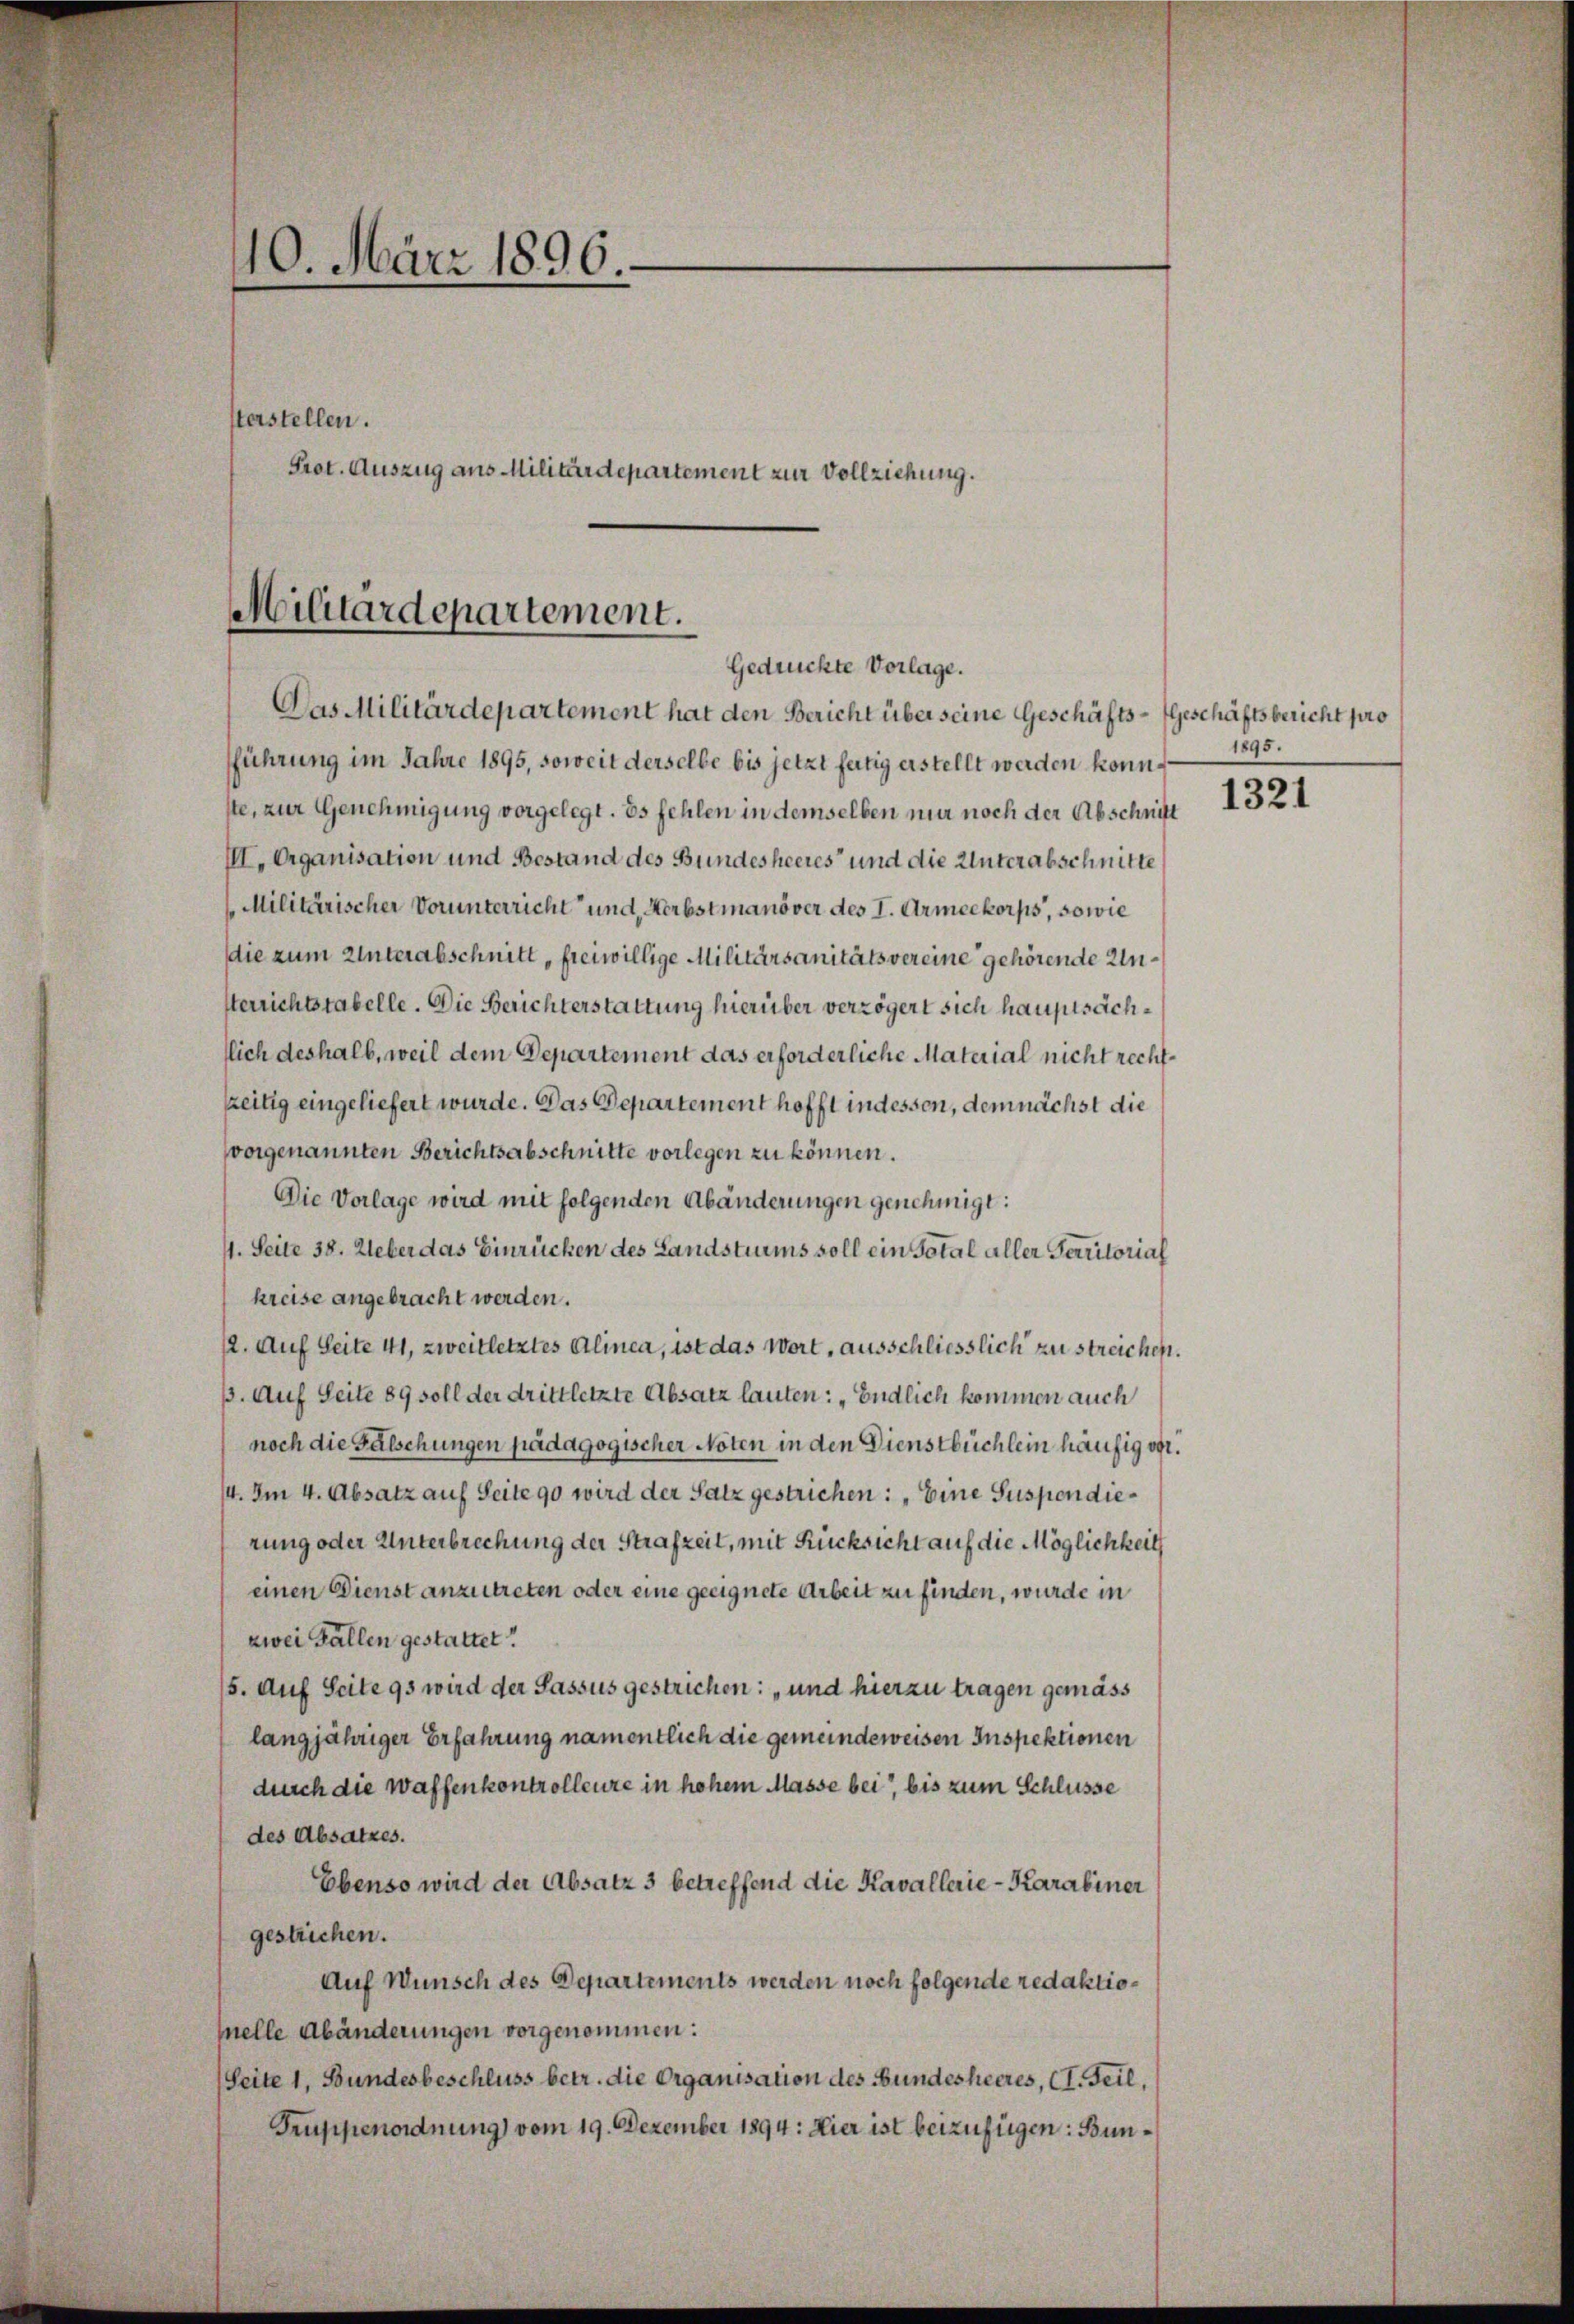
10. März 1896.
sterstellen.
Prot. Auszug aus Militärdepartement zur Vollziehung.

Militärdepartement.
Gedrückte Vorlage.
Das Militärdepartement hat den Bericht über seine Geschäfts¬

fführung im Jahre 1895, soweit derselbe bis jetzt fertig erstellt werden könnste, zur Genehmigung vorgelegt. Es fehlen in demselben mir noch der Abschnitt
III. Organisation und Bestand des Bundesheeres und die Unterabschnitte
Militärischer Vorunterricht und, Herbstmanöver des I. Armeekorps, sowie
die zum Unterabschnitt freiwillige Militärsanitäts vereine gehörende Unsterrichtstabelle. Die Berichterstattung hierüber verzögert sich hauptsächflich deshalb, weil dem Departement das erforderliche Material nicht rechtzeitig eingeliefert wurde. Das Departement hofft indessen, demnächst die
vorgenannten Berichtsabschnitte vorlegen zu können.
Die Vorlage wird mit folgenden Abänderungen genehmigt:
4. Seite 38. Ueber das Einrücken des Landsturms soll ein Total aller Territorial
kreise angebracht werden.
12. Auf Seite 41, zweitletztes Alinea, ist das Wort, ausschliesslich zu streichen.
. Auf Seite 89 soll der drittletzte Absatz lauten: „Endlich kommen auch
noch die Fälschungen pädagogischer Noten in den Dienstbüchlein häufig vgl.
14. Im 4. Absatz auf Seite 90 wird der Satz gestrichen: „Eine Suspendierung oder Unterbrechung der Strafzeit, mit Rücksicht auf die Möglichkeit
einen Dienst anzutreten oder eine geeignete Arbeit zu finden, wurde in
zwei Fällen gestattet.
5. Auf Seite 95 wird der Passus gestrichen: „und hierzu tragen gemäss
langjähriger Erfahrung namentlich die gemeindeweisen Inspektionen
durch die Waffenkontrollenze in hohem Masse bei bis zum Schlüsse
des Absatzes.
Ebenso wird der Absatz 3 betreffend die Kavallerie-Karabiner
gestrichen.
Auf Wunsch des Departements werden noch folgende redaktiomelle Abänderungen vorgenommen:
(Seite 1, Bundesbeschluss betr. die Organisation des Bundesheeres, (I. Teil,
Truppenordnung vom 19. Dezember 1894: Hier ist beizufügen: Bun¬

Geschäftsbericht pro
1895.
1321